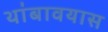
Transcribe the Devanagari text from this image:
थांबावयास